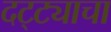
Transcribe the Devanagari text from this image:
दट्ट्याचा